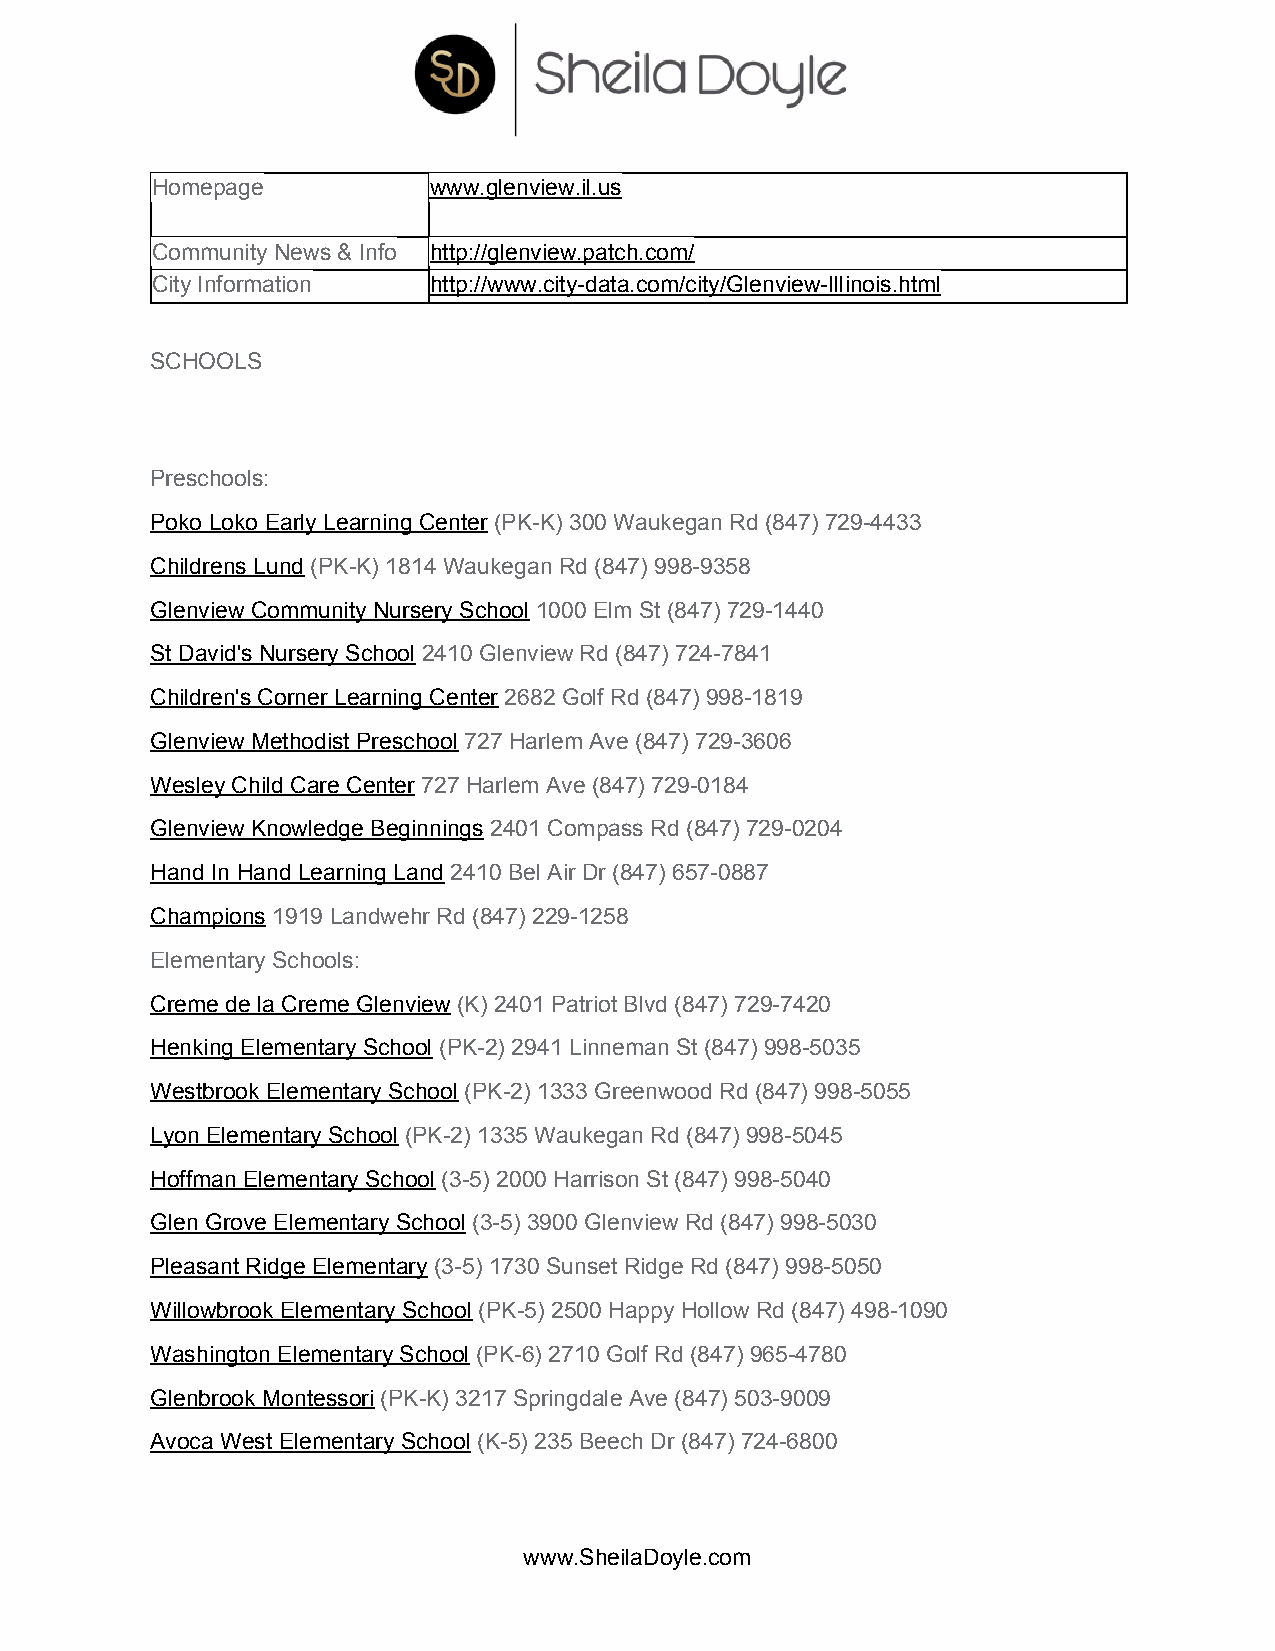
Homepage          www.glenview.il.us
 Community News & Info http://glenview.patch.com/
 City Information  http://www.city-data.com/city/Glenview-Illinois.html
 SCHOOLS
 Preschools:
 Poko Loko Early Learning Center (PK-K) 300 Waukegan Rd (847) 729-4433
 ​
 Childrens Lund (PK-K) 1814 Waukegan Rd (847) 998-9358
 ​
 Glenview Community Nursery School 1000 Elm St (847) 729-1440
 ​
 St David's Nursery School 2410 Glenview Rd (847) 724-7841
 ​
 Children's Corner Learning Center 2682 Golf Rd (847) 998-1819
 ​
 Glenview Methodist Preschool 727 Harlem Ave (847) 729-3606
 ​
 Wesley Child Care Center 727 Harlem Ave (847) 729-0184
 ​
 Glenview Knowledge Beginnings 2401 Compass Rd (847) 729-0204
 ​
 Hand In Hand Learning Land 2410 Bel Air Dr (847) 657-0887
 ​
 Champions 1919 Landwehr Rd (847) 229-1258
 ​
 Elementary Schools:
 Creme de la Creme Glenview (K) 2401 Patriot Blvd (847) 729-7420
 ​
 Henking Elementary School (PK-2) 2941 Linneman St (847) 998-5035
 ​
 Westbrook Elementary School (PK-2) 1333 Greenwood Rd (847) 998-5055
 ​
 Lyon Elementary School (PK-2) 1335 Waukegan Rd (847) 998-5045
 ​
 Hoffman Elementary School (3-5) 2000 Harrison St (847) 998-5040
 ​
 Glen Grove Elementary School (3-5) 3900 Glenview Rd (847) 998-5030
 ​
 Pleasant Ridge Elementary (3-5) 1730 Sunset Ridge Rd (847) 998-5050
 ​
 Willowbrook Elementary School (PK-5) 2500 Happy Hollow Rd (847) 498-1090
 ​
 Washington Elementary School (PK-6) 2710 Golf Rd (847) 965-4780
 ​
 Glenbrook Montessori (PK-K) 3217 Springdale Ave (847) 503-9009
 ​
 Avoca West Elementary School (K-5) 235 Beech Dr (847) 724-6800
 ​
 www.SheilaDoyle.com